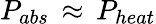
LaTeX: P_{abs}\, \approx\, P_{heat}